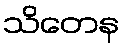
သိတေန